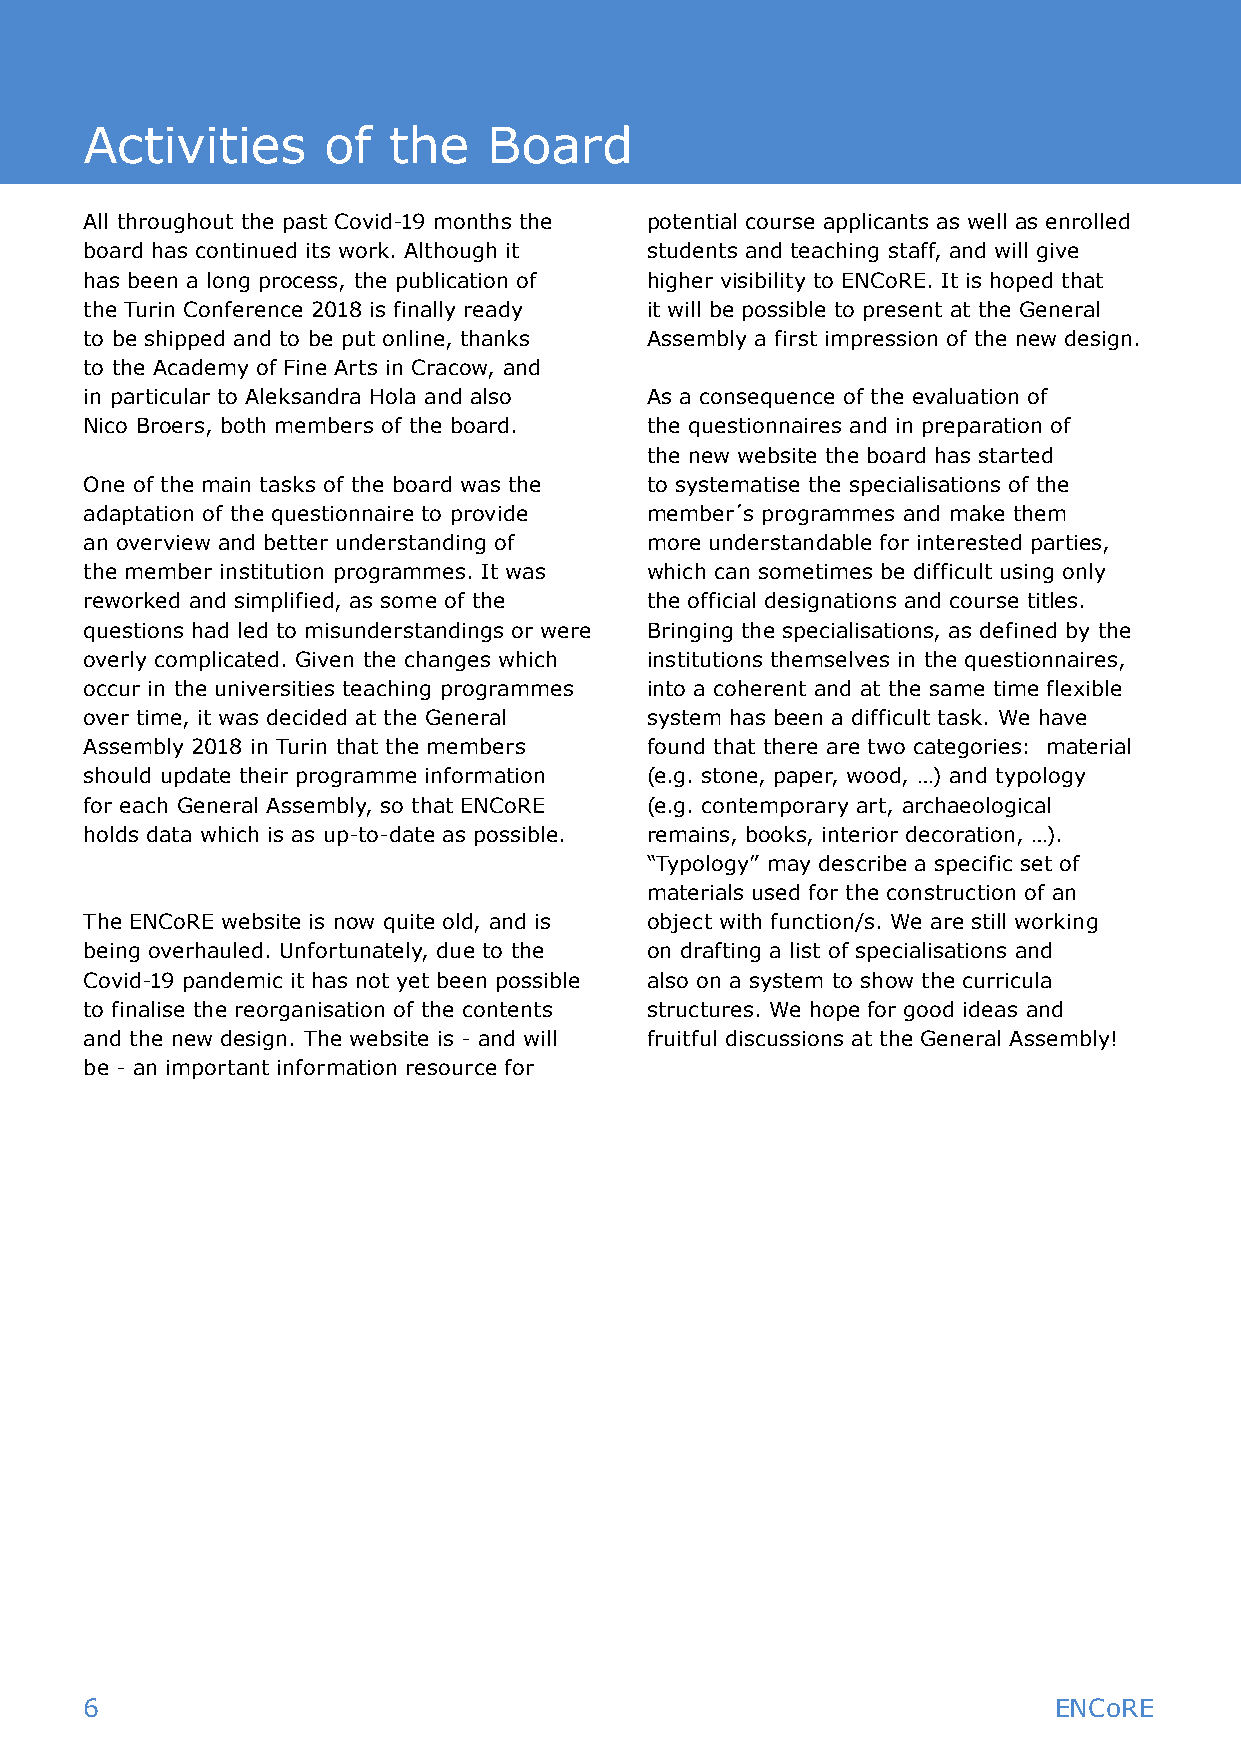
Activities     of   the   Board
 All throughout the past Covid-19 months the potential course applicants as well as enrolled
 board has continued its work. Although it students and teaching staff, and will give
 has been a long process, the publication of higher visibility to ENCoRE. It is hoped that
 the Turin Conference 2018 is finally ready it will be possible to present at the General
 to be shipped and to be put online, thanks Assembly a first impression of the new design.
 to the Academy of Fine Arts in Cracow, and
 in particular to Aleksandra Hola and also As a consequence of the evaluation of
 Nico Broers, both members of the board. the questionnaires and in preparation of
 the new website the board has started
 One of the main tasks of the board was the to systematise the specialisations of the
 adaptation of the questionnaire to provide member´s programmes and make them
 an overview and better understanding of more understandable for interested parties,
 the member institution programmes. It was which can sometimes be difficult using only
 reworked and simplified, as some of the the official designations and course titles.
 questions had led to misunderstandings or were Bringing the specialisations, as defined by the
 overly complicated. Given the changes which institutions themselves in the questionnaires,
 occur in the universities teaching programmes into a coherent and at the same time flexible
 over time, it was decided at the General system has been a difficult task. We have
 Assembly 2018 in Turin that the members found that there are two categories: material
 should update their programme information (e.g. stone, paper, wood, …) and typology
 for each General Assembly, so that ENCoRE (e.g. contemporary art, archaeological
 holds data which is as up-to-date as possible. remains, books, interior decoration, …).
 “Typology” may describe a specific set of
 materials used for the construction of an
 The ENCoRE website is now quite old, and is object with function/s. We are still working
 being overhauled. Unfortunately, due to the on drafting a list of specialisations and
 Covid-19 pandemic it has not yet been possible also on a system to show the curricula
 to finalise the reorganisation of the contents structures. We hope for good ideas and
 and the new design. The website is - and will fruitful discussions at the General Assembly!
 be - an important information resource for
 6                                                               ENCoRE